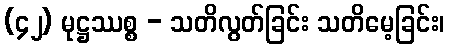
(၄၂) မုဋ္ဌဿစ္စ - သတိလွတ်ခြင်း သတိမေ့ခြင်း၊